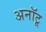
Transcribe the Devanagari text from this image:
अनॉटू